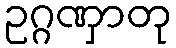
ဥဂ္ဂဏှာတု